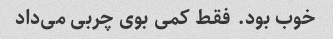
خوب بود. فقط کمی بوی چربی می‌داد